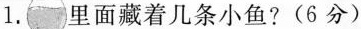
1.里面藏着几条小鱼？（6分）